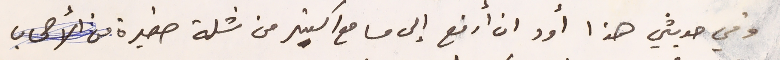
وفي حديثي هذا أود ان أرفع إلى مسامع اكثر من شلة صغيرة